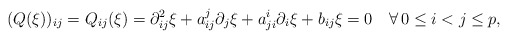
\begin{align*} (Q(\xi))_{ij}=Q_{ij}(\xi)=\partial^2_{ij}\xi+a_{ij}^j\partial_j\xi+a_{ji}^i\partial_i\xi+b_{ij}\xi=0\quad\forall\, 0\leq i<j\leq p,\end{align*}